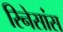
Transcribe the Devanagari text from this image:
रिनेसांस